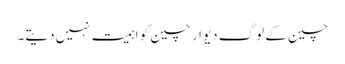
چین کے لوگ دیوارِ چین کو اہمیت نہیں دیتے۔